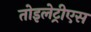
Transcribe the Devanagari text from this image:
तोइलेट्रीएस